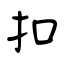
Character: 扣